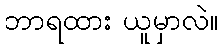
ဘာရထား ယူမှာလဲ။